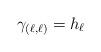
LaTeX: \begin{align*} \gamma_{(\ell,\ell)}= h_{\ell}\end{align*}